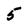
Character: 5